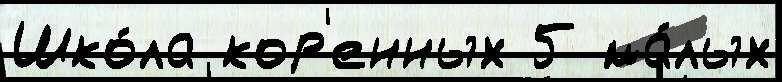
Шко́ла кор'енных 5 ма́лых